Scottish Certificate of Education, 1962
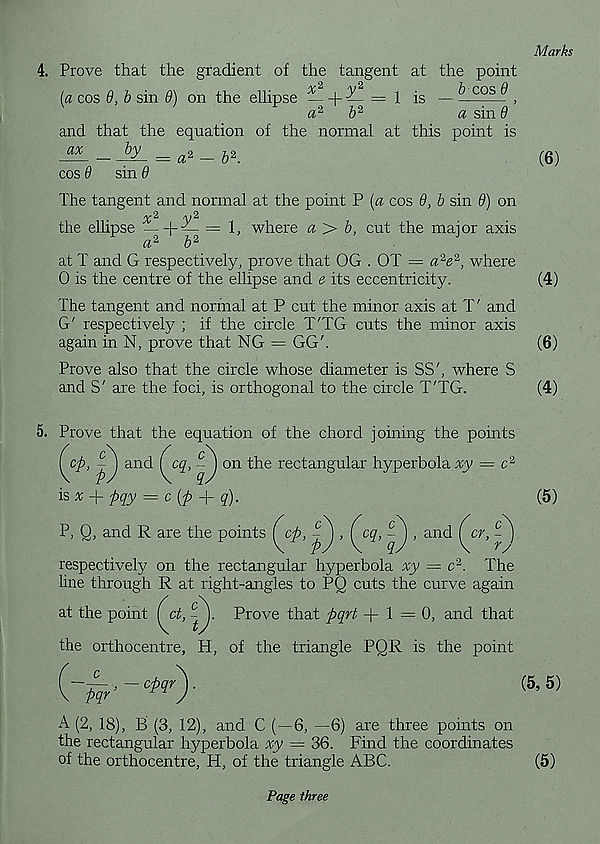
Marks
4. Prove that the gradient of the tangent at the point
[a cos 9, b sin 9) on the ellipse — +
= 1 is — cos ^ ,
a 2,
b 2
a sin 9
and that the equation of the normal at this point is
= a* - b*.
cos 9
sin 9
The tangent and normal at the point P (a cos 9, b sin 9) on
2
'y ^
the ellipse — + — = 1, where a> b, cut the major axis
a 2
b 2
at T and G respectively, prove that OG . OT = a 2 e 2 , where
0 is the centre of the ellipse and e its eccentricity.
(4)
The tangent and normal at P cut the minor axis at T' and
G' respectively ; if the circle T'TG cuts the minor axis
again in N, prove that NG = GG'.
(6)
Prove also that the circle whose diameter is SS', where S
and S' are the foci, is orthogonal to the circle T'TG.
(4)
5. Prove that the equation of the chord joining the points
cp,
P
and [ cq, - ) on the rectangular hyperbola xy = c 2
c
ry
is # + pqy = c(p + q).
P, Q, and R are the points (^cp,
, (^cq,
, and (^cr,
respectively on the rectangular hyperbola xy = c 2 . The
line through R at right-angles to PQ cuts the curve again
at the point ( ct, C ). Prove that pqrt +1=0, and that
(5)
the orthocentre, H, of the triangle PQR is the point
~Jqr’- Ct,qr )-
(5 ’ 5)
A (2, 18), B (3, 12), and C (—6, —6) are three points on
the rectangular hyperbola xy = 36. Find the coordinates
of the orthocentre, H, of the triangle ABC.
(5)
Page three